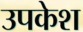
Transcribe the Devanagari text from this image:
उपकेश